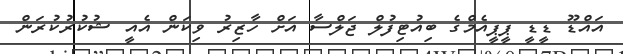
އައްޑޫ ޑީޑީ ޕީޕީއެމްގެ ބިއުޓިފުލް ޖަލްސާ އަށް ހާޒިރު ވިކަން އެއީ ޝުކުރުކުރަން